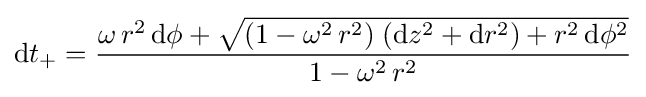
\mathrm {d} t_{+}={\frac {\omega \,r^{2}\,\mathrm {d} \phi +{\sqrt {(1-\omega ^{2}\,r^{2})\;(\mathrm {d} z^{2}+\mathrm {d} r^{2})+r^{2}\,\mathrm {d} \phi ^{2}}}}{1-\omega ^{2}\,r^{2}}}